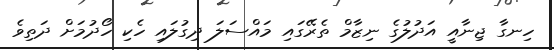
ހިނގާ ޖިނާއީ އަދުލުގެ ނިޒާމް ތެރޭގައި މައްސަލަ ދިގުލައި ހެކި ހޯދުމަށް ދަތިވެ